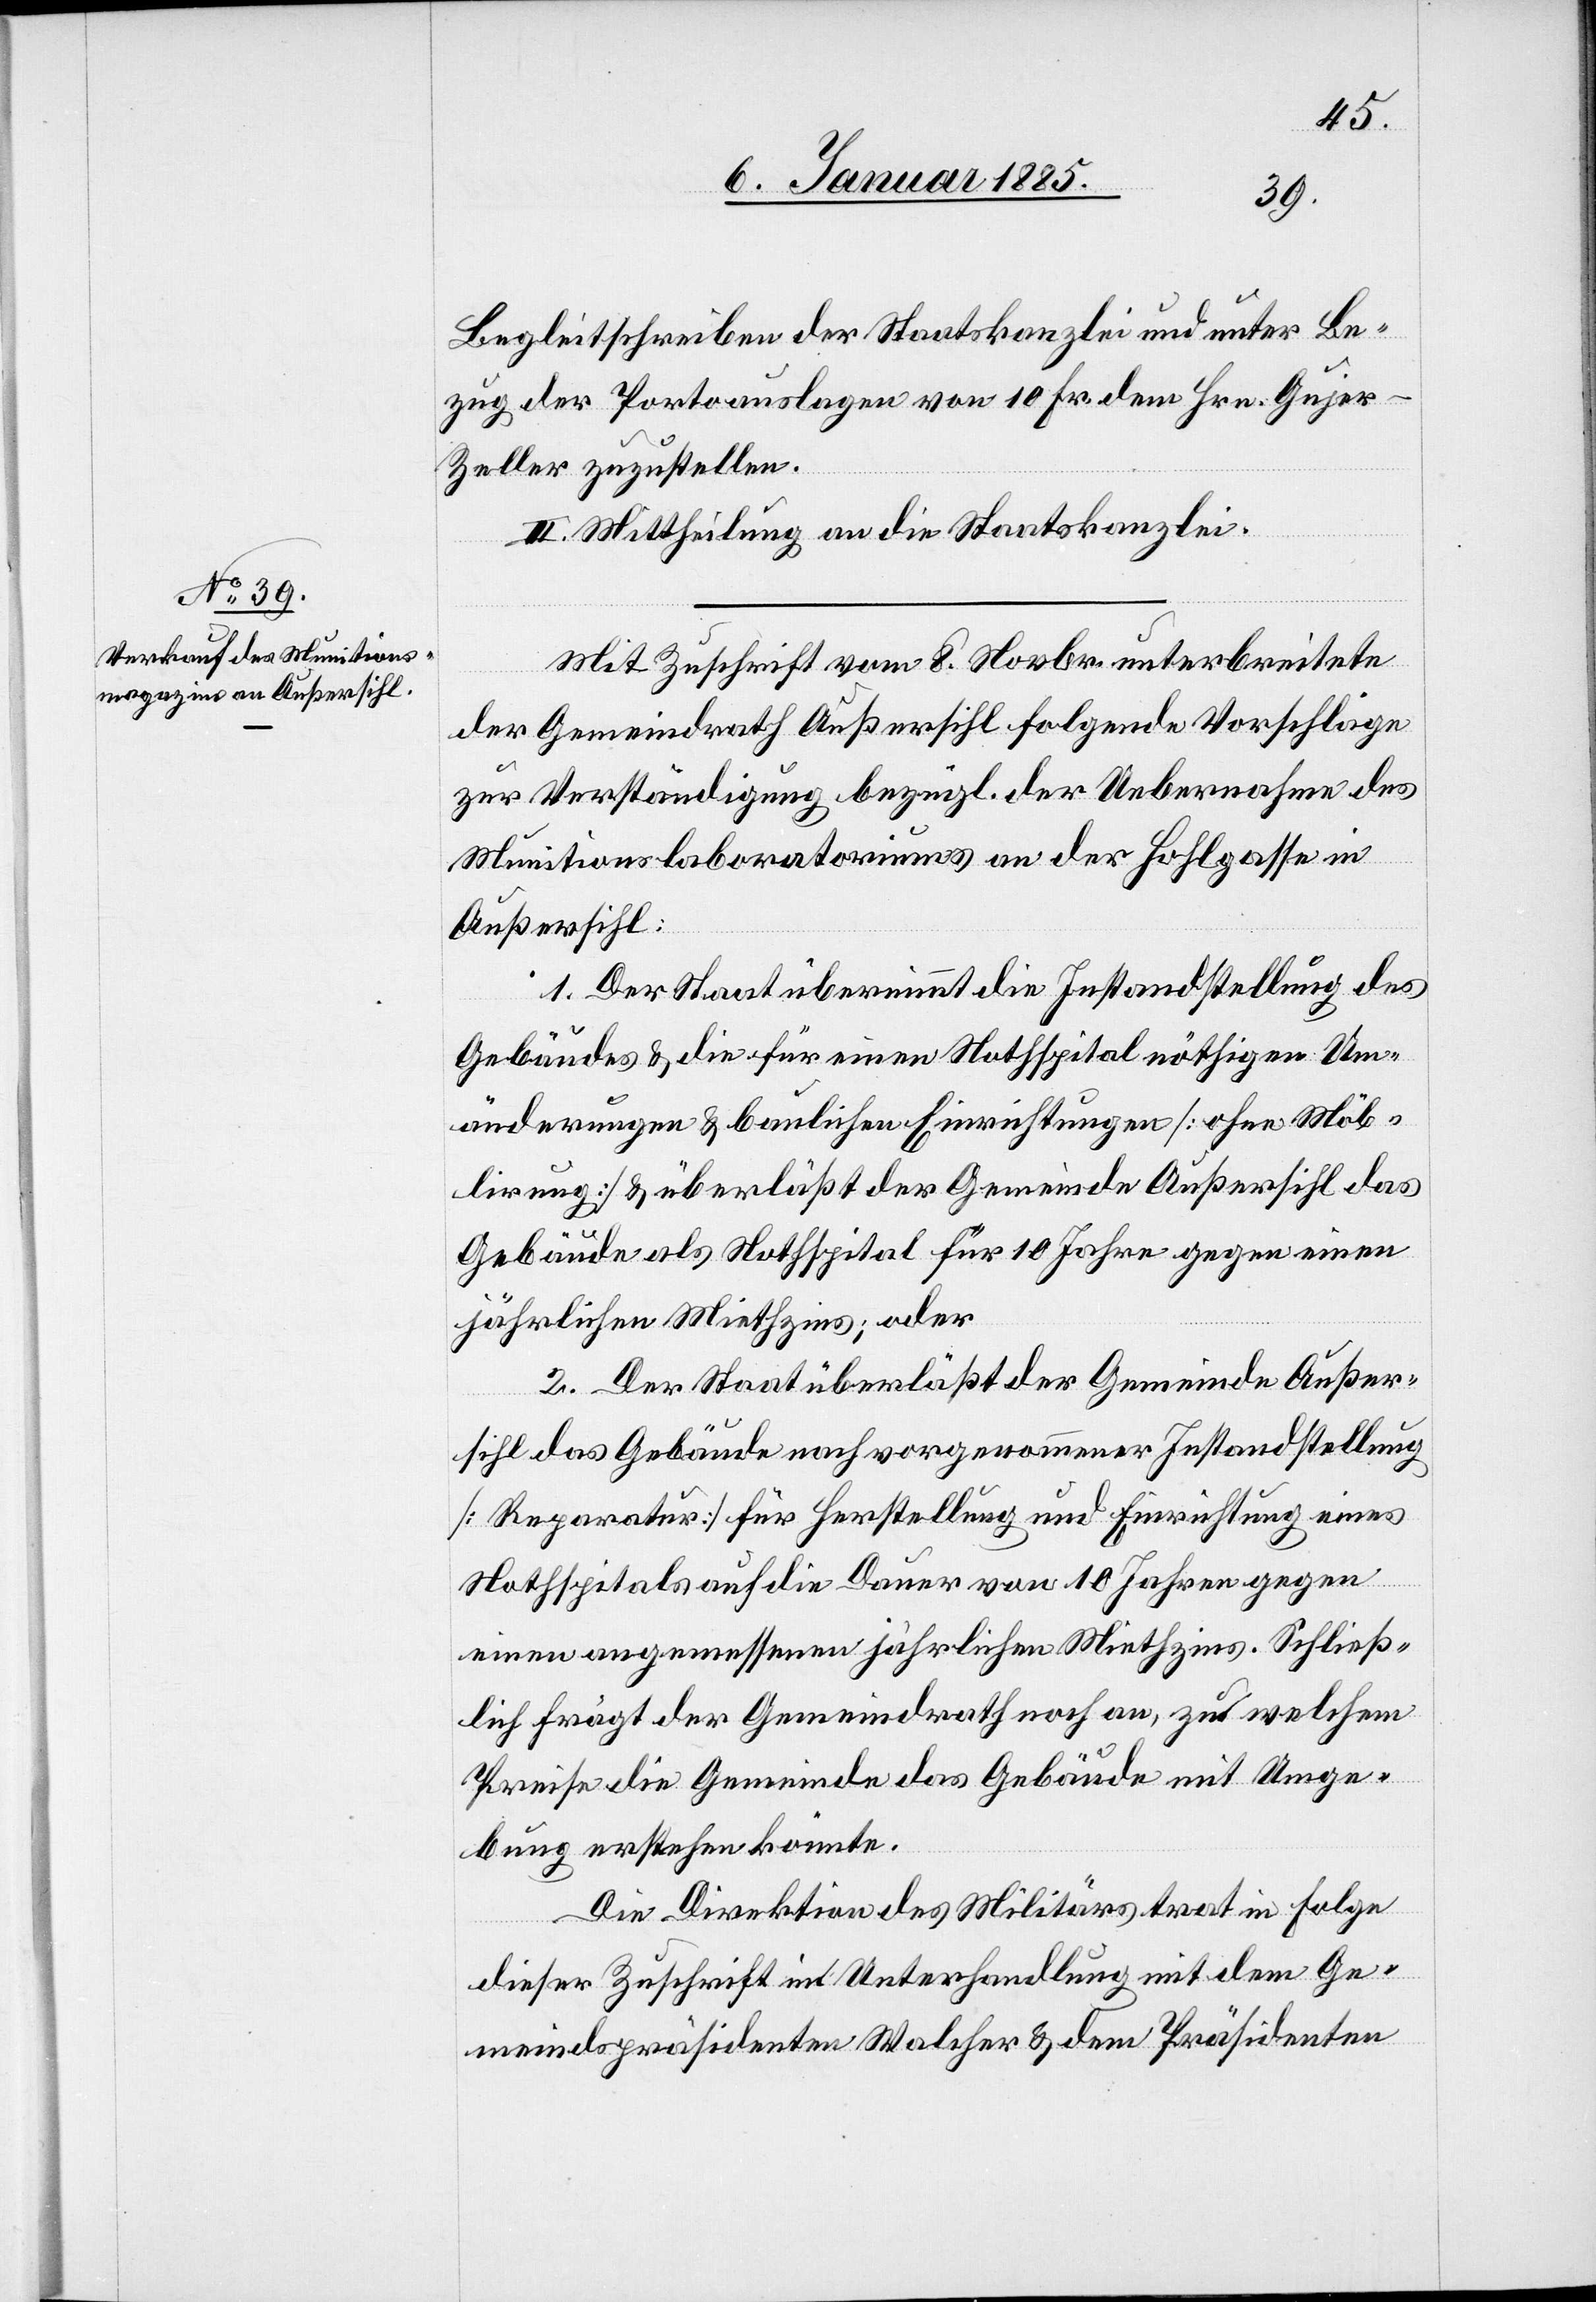
Begleitschreiben der Staatskanzlei und unter Be¬
zug der Portoauslagen von 10 Fr. dem Hrn. Guje¬
r-Zeller zuzustellen.
II. Mittheilung an die Staatskanzlei.
Mit Zuschrift vom 8. Novbr. unterbreitete
der Gemeindrath Außersihl folgende Vorschläge
zur Verständigung bezügl. der Uebernahme des
Munitionslaboratoriums an der Hohlgasse in
Außersihl:
1. Der Staat übernimmt die Instandstellung des
Gebäudes & die für einen Nothspital nöthigen Um¬
änderungen & baulichen Einrichtungen [ohne Möb¬
lirung] & überläßt der Gemeinde Außersihl das
Gebäude als Nothspital für 10 Jahre gegen einen
jährlichen Mietzins; oder
2. Der Staat überläßt der Gemeinde Außer¬
sihl das Gebäude nach vorgenommener Instandstellung
[Reparatur] für Herstellung und Einrichtung eines
Nothspitals auf die Dauer von 10 Jahren gegen
einen angemessenen jährlichen Mietzins. Schließ¬
lich frägt der Gemeindrath noch an, zu welchem
Preise die Gemeinde das Gebäude mit Umge¬
bung erstehen könnte.
Die Direktion des Militärs trat in Folge
dieser Zuschrift in Unterhandlung mit dem Ge¬
meindspräsidenten Walcher & dem Präsidenten